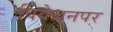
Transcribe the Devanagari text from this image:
विवेचनपर